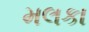
મલકા